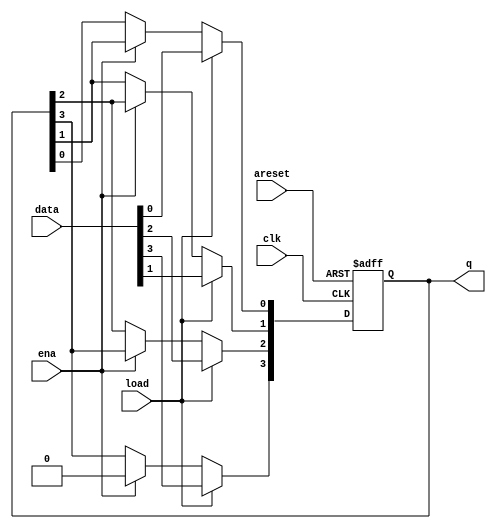
module top_module(
    input clk,
    input areset,  // async active-high reset to zero
    input load,
    input ena,
    input [3:0] data,
    output reg [3:0] q); 

    always @(posedge clk or posedge areset) begin
        if(areset)
            q <= 4'b0;
        else if(load)
            q <= data;
        else if(ena) begin
            q[3] <= 1'b0;
            q[2] <= q[3];
            q[1] <= q[2];
            q[0] <= q[1];
            // q <= {1'b0, q[3:1]};	// Use vector part select to express a shift.
        end
        // inferred latch
    end

endmodule